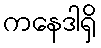
ကနေဒါရှိ